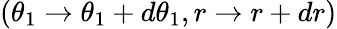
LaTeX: (\theta_{1}\to\theta_{1}+d\theta_{1},r\to r+dr)